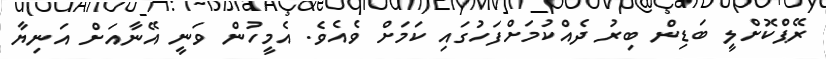
ރޭޕްކޮށްލީ ބަޑިން ބިރު ދެއްކުމަށްފަހުގައި ކަމަށް ވެއެވެ. އެމީހުން ވަނީ އޭނާއަށް އަނިޔާ